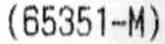
(65351-M)